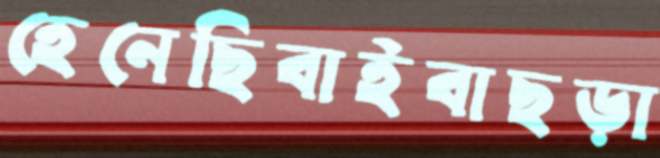
হেনেছিবাইবাছড়া